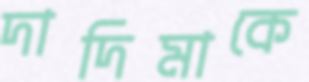
দাদিমাকে